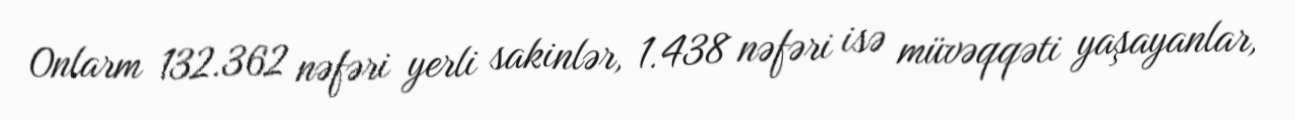
Onlarm 132.362 nəfəri yerli sakinlər, 1.438 nəfəri isə müvəqqəti yaşayanlar,